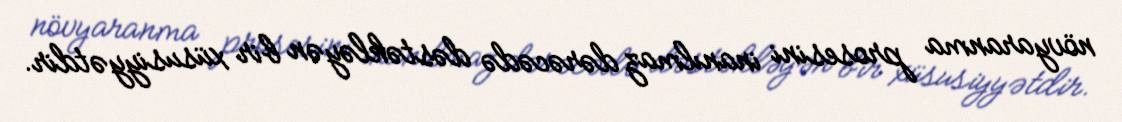
növyaranma prosesini inanılmaz dərəcədə dəstəkləyən bir xüsusiyyətdir.